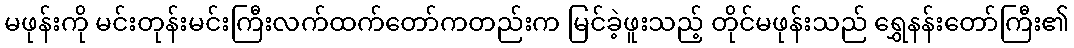
မဖုန်းကို မင်းတုန်းမင်းကြီးလက်ထက်တော်ကတည်းက မြင်ခဲ့ဖူးသည့် တိုင်မဖုန်းသည် ရွှေနန်းတော်ကြီး၏